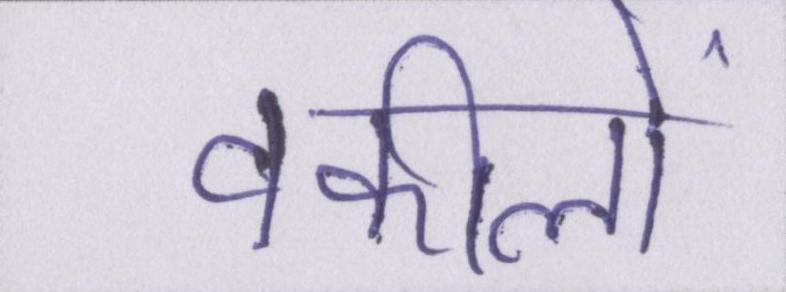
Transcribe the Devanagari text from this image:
वकीलों